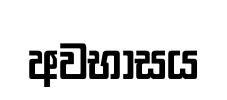
අවභාසය